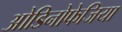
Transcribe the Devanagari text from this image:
ओडिनोफेजिया